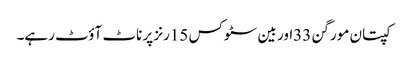
کپتان مورگن 33اور بین سٹوکس 15رنز پر ناٹ آؤٹ رہے۔